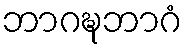
ဘာဂဍ္ဎဘာဂံ